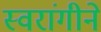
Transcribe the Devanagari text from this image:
स्वरांगीने